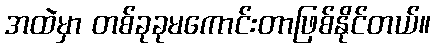
အထဲမှာ တစ်ခုခုမကောင်းတာဖြစ်နိုင်တယ်။